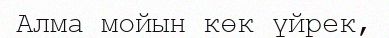
Алма мойын көк үйрек,